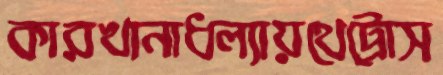
কারখানাধল্যায়থেট্রোস